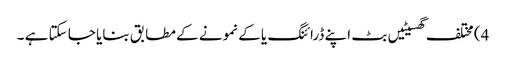
4) مختلف گھسیٹیں بٹ اپنے ڈرائنگ یا کے نمونے کے مطابق بنایا جا سکتا ہے ۔